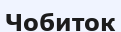
Чобиток